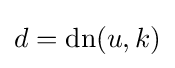
d=\operatorname {dn} (u,k)